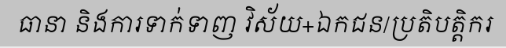
ធានា និងការទាក់ទាញ វិស័យ+ឯកជន/ប្រតិបត្តិករ